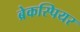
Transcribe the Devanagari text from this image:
ब्रेकस्पियर